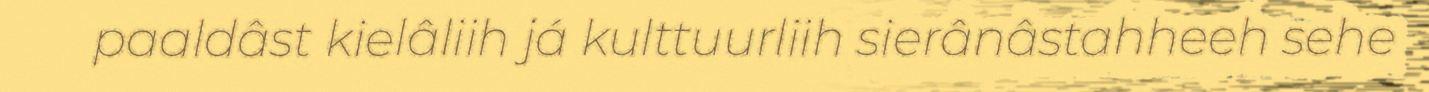
paaldâst kielâliih já kulttuurliih sierânâstahheeh sehe